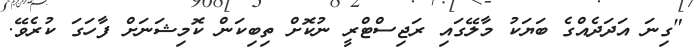
"ގިނަ އަދަދެއްގެ ބަޔަކު މާލޭގައި ރަޖިސްޓްރީ ނުކޮށް ތިބިކަން ކޮމިޝަނަށް ފާހަގަ ކުރެވޭ.